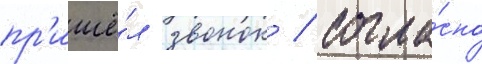
пр'ишё́л звонок / согла́сно